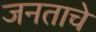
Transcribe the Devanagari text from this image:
जनताचे